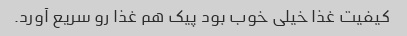
کیفیت غذا خیلی خوب بود پیک هم غذا رو سریع آورد.